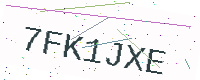
Text: 7FK1JXE